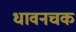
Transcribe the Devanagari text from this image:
धावनचक